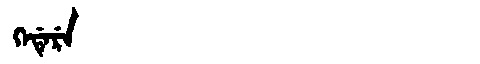
Manchu: ᡴᡝᡩᡝᡵᡝ
Romanization: KEDERE